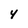
Character: 4